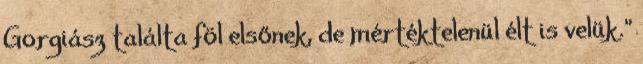
Gorgiász találta föl elsőnek, de mértéktelenül élt is velük.”